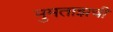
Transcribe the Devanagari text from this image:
मुमताझची